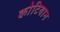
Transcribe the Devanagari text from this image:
कोटियान